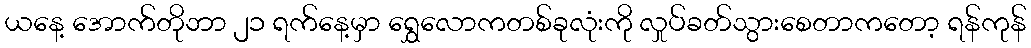
ယနေ့ အောက်တိုဘာ ၂၁ ရက်နေ့မှာ ရွှေလောကတစ်ခုလုံးကို လှုပ်ခတ်သွားစေတာကတော့ ရန်ကုန်